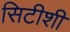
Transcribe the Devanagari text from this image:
सिटीशी